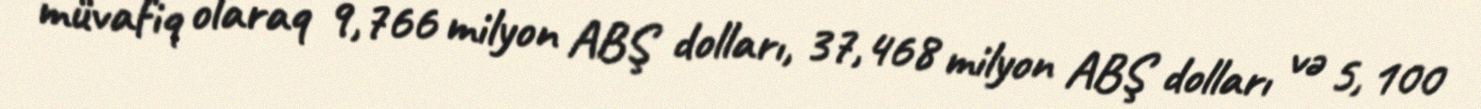
müvafiq olaraq 9,766 milyon ABŞ dolları, 37,468 milyon ABŞ dolları və 5, 100